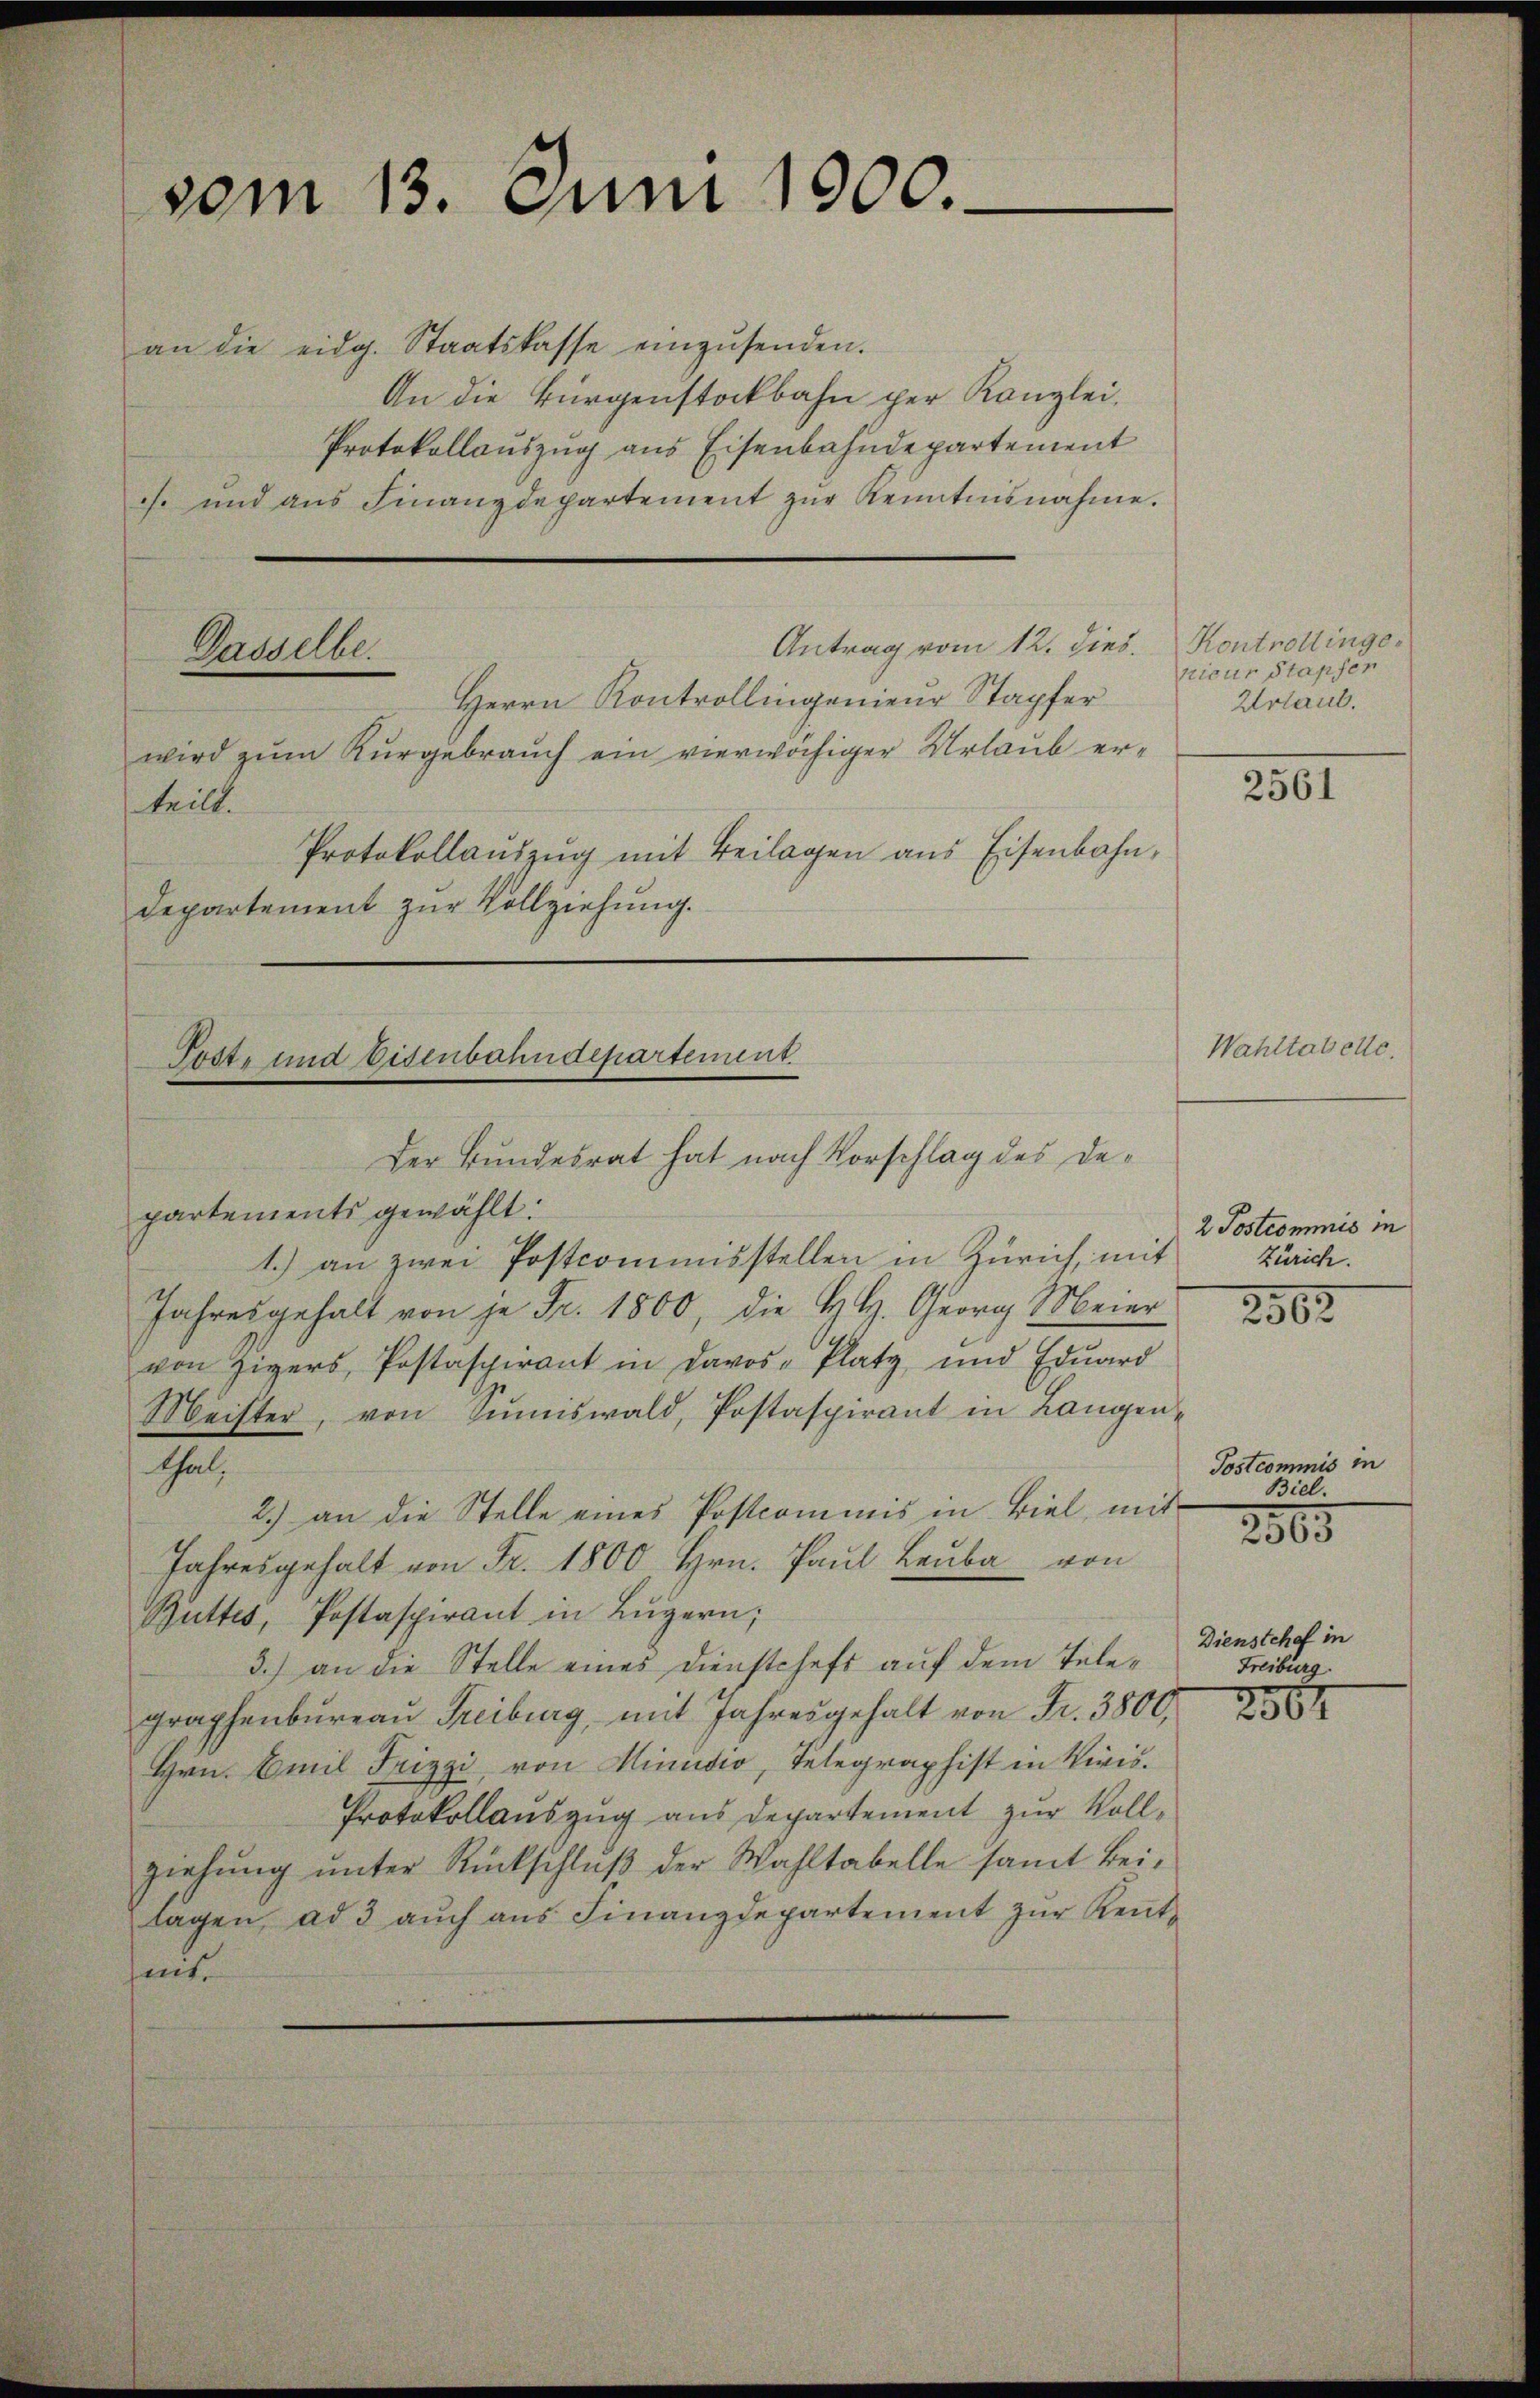
vom 13. Juni 1900.

an die eidg. Staatskasse einzŭsenden.
An die Bürgenstockbahn per Kanzlei.
Protokollauszug aus Eisenbahndepartement
c und aŭs Finanzdepartement zŭr Kenntnisnahme.
Antrag vom 12. dies.
Dasselbe.
Herrn Kontrollingenieur Stapfer
wird zum Kurgebrauch ein vierwächiger Urlaub erteilt.
Protokollaŭszŭg mit Beilagen ans Eisenbahn,
Departement zur Vollziehung.

Tosti und Eisenbahndepartement.
Der Bundesrat hat nach Vorschlag des De¬

partements gewählt:
1.) an zwei Postcommisstellen in Zürich, mit
Jahresgehalt von je Fr. 1800, die H.H. Georg Meier
von Zigers, Postaspirant in Davos- Platz und Edŭard
Meister, von Sinnswald, Postaspirant in Langen-
thal,
2.) an die Stelle eines Postcommis in Biel, mit
Jahresgehalt von Fr. 1800 Hrn. Paul Laube von
Buttes, Postaspirant in Lŭzern;
3.) an die Stelle eines Dienstcheft auf dem Telegraphenbüreaŭ Freiburg, mit Jahresgehalt von Fr. 3800.
Hrn. Emil Frizzi, von Minidio, Telegraphist in Kiris.
Protokollauszug aus Departement zur Vollziehŭng ŭnter Rückschlŭβ der Wahltabelle samt Bei-
lagen, ad 3 aŭch aŭs Finanzdepartement zŭr Kentheit.

Kontrollinge.
nicur Stapfer
Urlaub.

2561

Wahltabelle.

2 Postcommis in
Zürich.

2502

Postcommis in
Biel.

2805

Dienstchef in
Freiburg.

2867